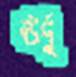
ঊর্দু